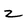
Character: z